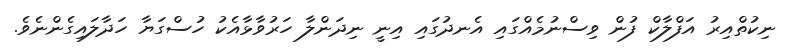
ނިކުތްއިރު އަފްލާކް ފުން ވިސްނުމެއްގައި އެނދުގައި އިނީ ނިދަންލާ ހަރުވާޅާއެކު ހުސްގަޔާ ހަދާލައިގެންނެވެ.